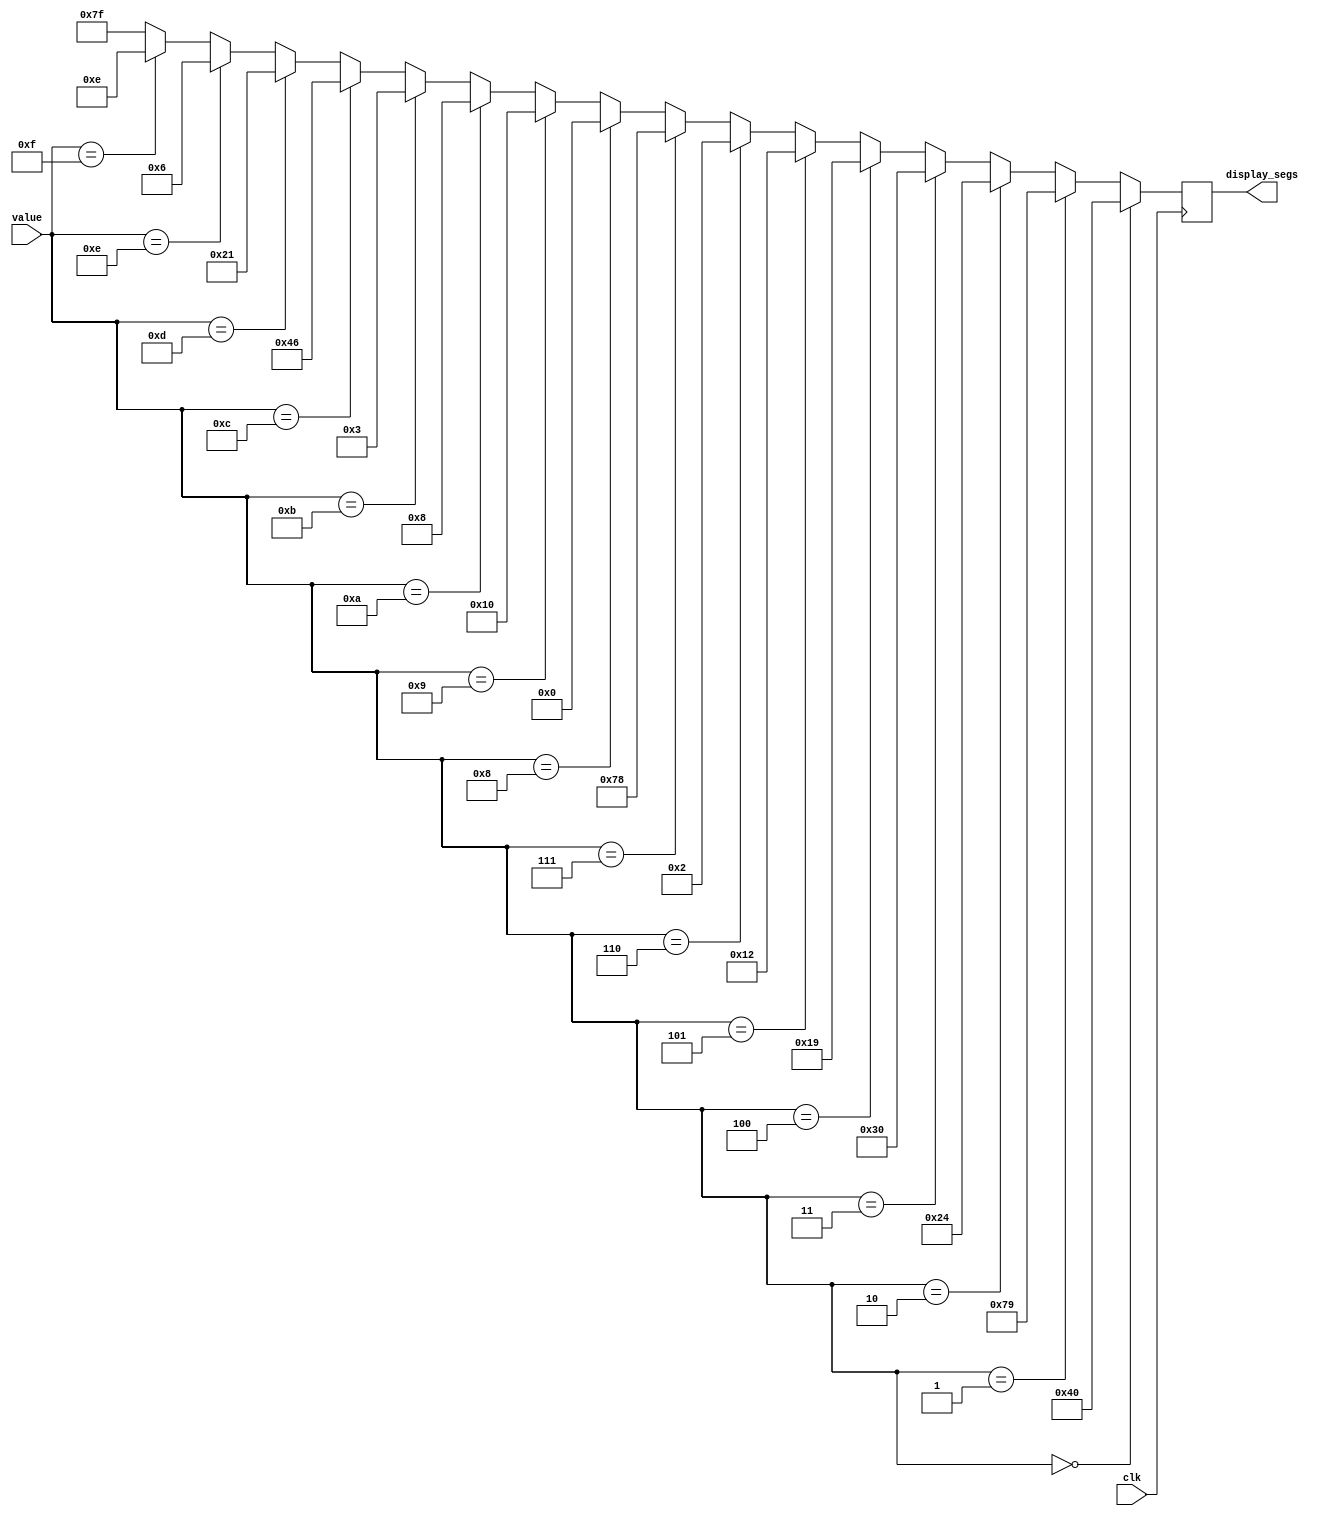
module val_to_seven_seg(input wire clk,
                        input wire [3:0] value,
                        output reg [6:0] display_segs
                        );

always @(posedge clk)
    if      (value == 4'h0)     display_segs <= 7'b1000000;
    else if (value == 4'h1)     display_segs <= 7'b1111001;
    else if (value == 4'h2)     display_segs <= 7'b0100100;
    else if (value == 4'h3)     display_segs <= 7'b0110000;
    else if (value == 4'h4)     display_segs <= 7'b0011001;
    else if (value == 4'h5)     display_segs <= 7'b0010010;
    else if (value == 4'h6)     display_segs <= 7'b0000010;
    else if (value == 4'h7)     display_segs <= 7'b1111000;
    else if (value == 4'h8)     display_segs <= 7'b0000000;
    else if (value == 4'h9)     display_segs <= 7'b0010000;
    else if (value == 4'hA)     display_segs <= 7'b0001000;
    else if (value == 4'hB)     display_segs <= 7'b0000011;
    else if (value == 4'hC)     display_segs <= 7'b1000110;
    else if (value == 4'hd)     display_segs <= 7'b0100001;
    else if (value == 4'he)     display_segs <= 7'b0000110;
    else if (value == 4'hf)     display_segs <= 7'b0001110;
    else                        display_segs <= 7'b1111111;

endmodule